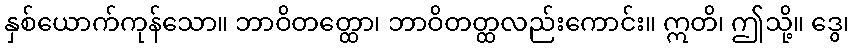
နှစ်ယောက်ကုန်သော။ ဘာဝိတတ္ထော၊ ဘာဝိတတ္ထလည်းကောင်း။ ဣတိ၊ ဤသို့။ ဒွေ၊